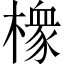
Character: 𱤘